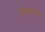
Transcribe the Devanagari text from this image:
हास्यगीत